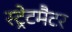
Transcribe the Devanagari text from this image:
स्ट्रेटमैटर